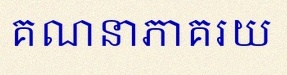
គណនាភាគរយ